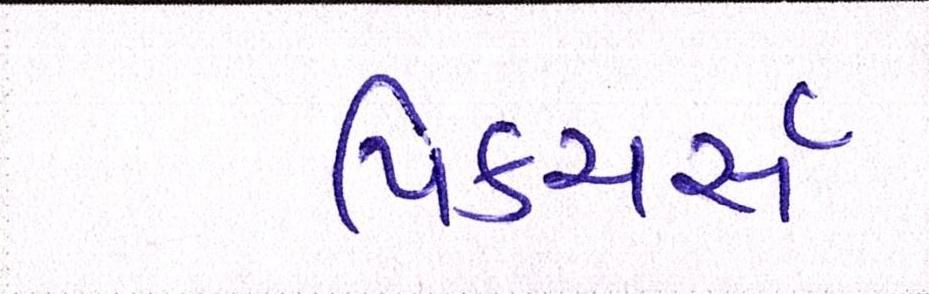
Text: પિક્ચર્સ